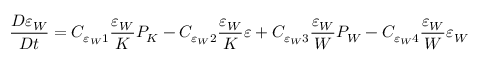
\frac { D \varepsilon _ { W } } { D t } = C _ { \varepsilon _ { W } 1 } \frac { \varepsilon _ { W } } { K } P _ { K } - C _ { \varepsilon _ { W } 2 } \frac { \varepsilon _ { W } } { K } \varepsilon + C _ { \varepsilon _ { W } 3 } \frac { \varepsilon _ { W } } { W } P _ { W } - C _ { \varepsilon _ { W } 4 } \frac { \varepsilon _ { W } } { W } \varepsilon _ { W }